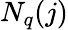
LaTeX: N_{q}(j)